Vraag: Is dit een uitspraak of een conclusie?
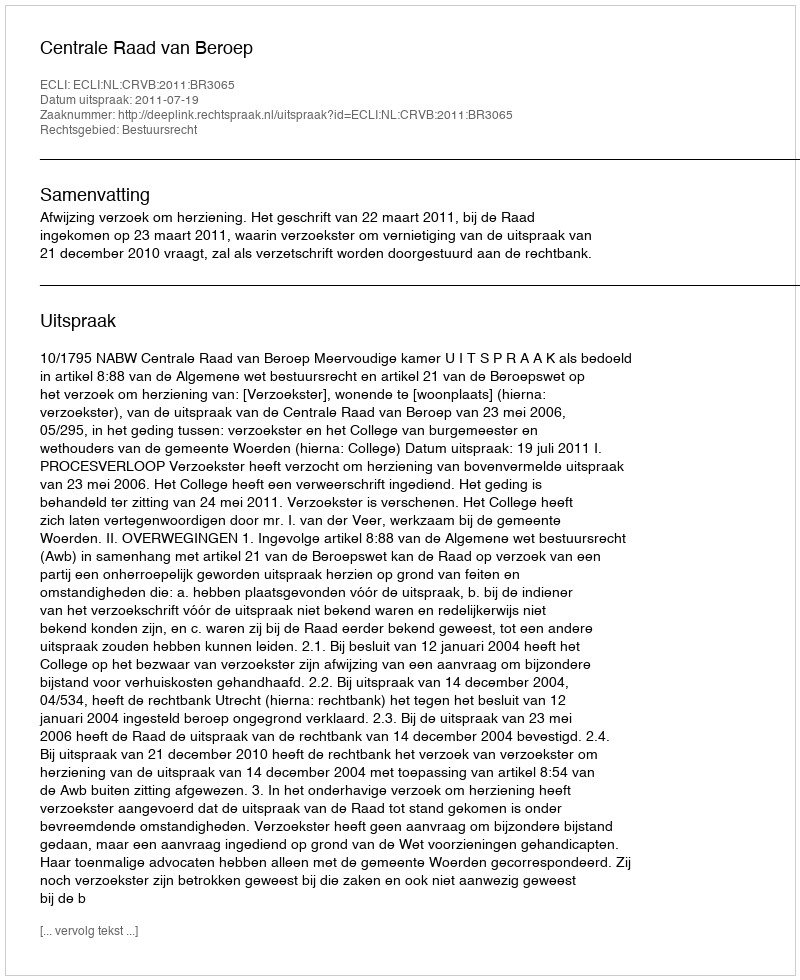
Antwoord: Uitspraak